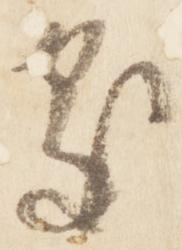
処